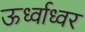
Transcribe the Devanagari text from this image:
ऊर्ध्वाध्वर